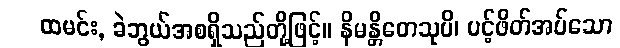
ထမင်း, ခဲဘွယ်အစရှိသည်တို့ဖြင့်။ နိမန္တိတေသုပိ၊ ပင့်ဖိတ်အပ်သော